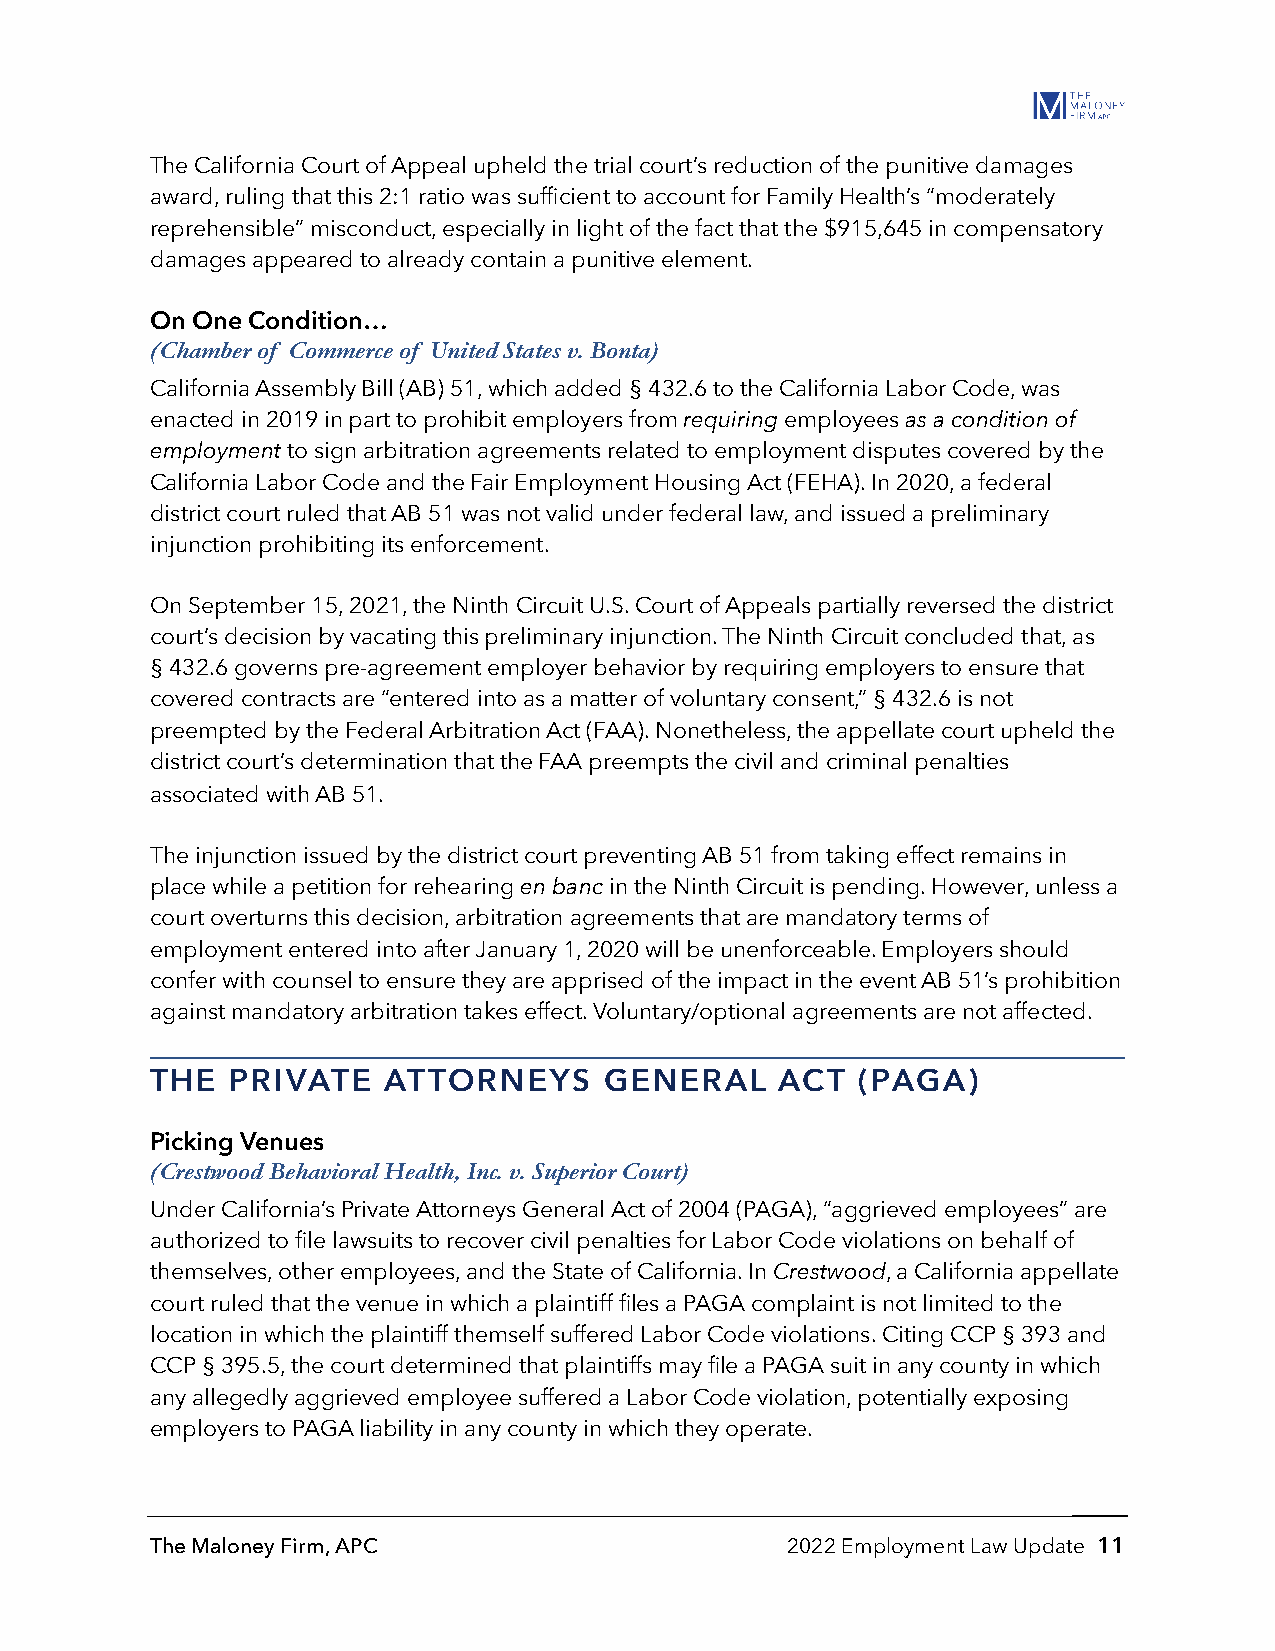
The California Court of Appeal upheld the trial court’s reduction of the punitive damages
 award, ruling that this 2:1 ratio was sufficient to account for Family Health’s “moderately
 reprehensible” misconduct, especially in light of the fact that the $915,645 in compensatory
 damages appeared to already contain a punitive element.
 On One Condition…
 (Chamber of Commerce of United States v. Bonta)
 California Assembly Bill (AB) 51, which added § 432.6 to the California Labor Code, was
 enacted in 2019 in part to prohibit employers from requiring employees as a condition of
 employment to sign arbitration agreements related to employment disputes covered by the
 California Labor Code and the Fair Employment Housing Act (FEHA). In 2020, a federal
 district court ruled that AB 51 was not valid under federal law, and issued a preliminary
 injunction prohibiting its enforcement.
 On September 15, 2021, the Ninth Circuit U.S. Court of Appeals partially reversed the district
 court’s decision by vacating this preliminary injunction. The Ninth Circuit concluded that, as
 § 432.6 governs pre-agreement employer behavior by requiring employers to ensure that
 covered contracts are “entered into as a matter of voluntary consent,” § 432.6 is not
 preempted by the Federal Arbitration Act (FAA). Nonetheless, the appellate court upheld the
 district court’s determination that the FAA preempts the civil and criminal penalties
 associated with AB 51.
 The injunction issued by the district court preventing AB 51 from taking effect remains in
 place while a petition for rehearing en banc in the Ninth Circuit is pending. However, unless a
 court overturns this decision, arbitration agreements that are mandatory terms of
 employment entered into after January 1, 2020 will be unenforceable. Employers should
 confer with counsel to ensure they are apprised of the impact in the event AB 51’s prohibition
 against mandatory arbitration takes effect. Voluntary/optional agreements are not affected.
 THE  PRIVATE   ATTORNEYS      GENERAL     ACT  (PAGA)
 Picking Venues
 (Crestwood Behavioral Health, Inc. v. Superior Court)
 Under California’s Private Attorneys General Act of 2004 (PAGA), “aggrieved employees” are
 authorized to file lawsuits to recover civil penalties for Labor Code violations on behalf of
 themselves, other employees, and the State of California. In Crestwood, a California appellate
 court ruled that the venue in which a plaintiff files a PAGA complaint is not limited to the
 location in which the plaintiff themself suffered Labor Code violations. Citing CCP § 393 and
 CCP § 395.5, the court determined that plaintiffs may file a PAGA suit in any county in which
 any allegedly aggrieved employee suffered a Labor Code violation, potentially exposing
 employers to PAGA liability in any county in which they operate.
 The Maloney Firm, APC                     2022 Employment Law Update 11